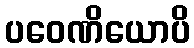
ပဝေဏိယောပိ